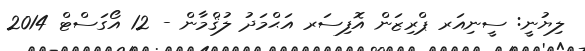
ލިޔުނީ: ސީނިއަރ ޕްރިޒަން އޮފިސަރ އަޙްމަދު ލުޤްމާން - 12 އޯގަސްޓް 2014